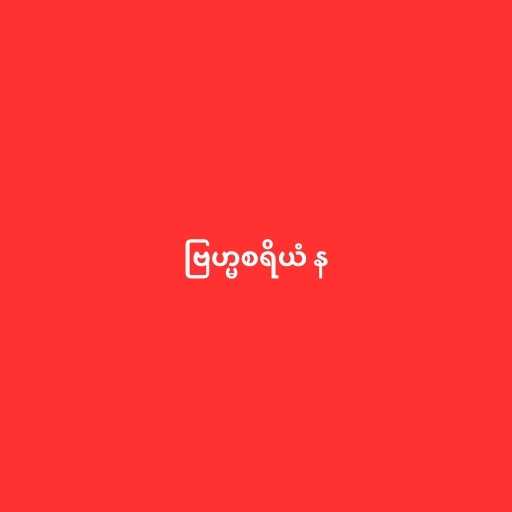
ဗြဟ္မစရိယံ န